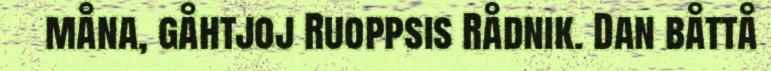
måna, gåhtjoj Ruoppsis Rådnik. Dan båttå